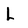
Character: L